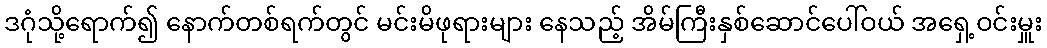
ဒဂုံသို့ရောက်၍ နောက်တစ်ရက်တွင် မင်းမိဖုရားများ နေသည့် အိမ်ကြီးနှစ်ဆောင်ပေါ်ဝယ် အရှေ့ဝင်းမှူး